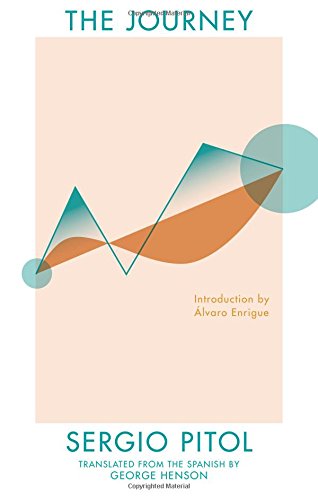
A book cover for The Journey; Sergio Pitol; Literature & Fiction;